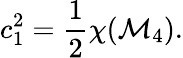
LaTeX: c_{1}^{2}=\frac{1}{2}\chi({\cal M}_{4}).